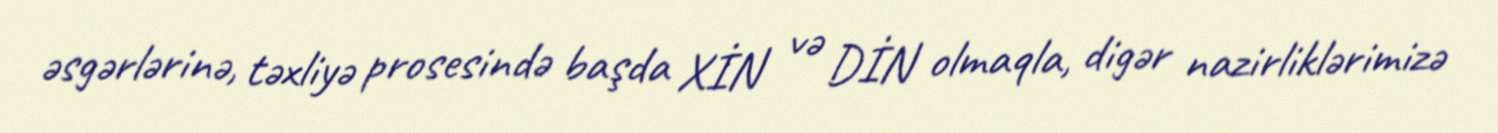
əsgərlərinə, təxliyə prosesində başda XİN və DİN olmaqla, digər nazirliklərimizə